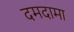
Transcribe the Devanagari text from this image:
दमदामा